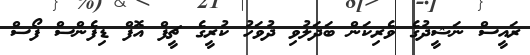
ރައީސް ނަޝީދުގެ ވެރިކަން ބަދަލުވި ދުވަހު ކުރީގެ ޗީފް އޮފް ޑިފެންސް ފޯސް